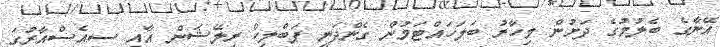
އޭނާގެ ބެލުމުގެ ދަށުން މިހާރު ބަލަހައްޓަމުން ގެންދަނީ ޕަބްލިކް ރިލޭޝަން އާއި ސީއެސްއާރުގަ